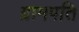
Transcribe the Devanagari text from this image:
ग्रामपति